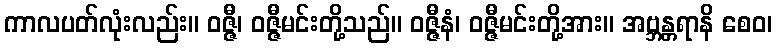
ကာလပတ်လုံးလည်း။ ဝဇ္ဇီ၊ ဝဇ္ဇီမင်းတို့သည်။ ဝဇ္ဇီနံ၊ ဝဇ္ဇီမင်းတို့အား။ အဗ္ဘန္တရာနိ စေဝ၊